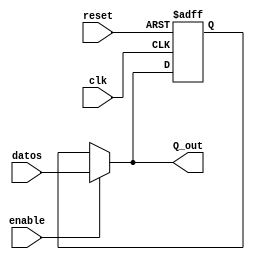
`timescale 1ns / 1ps
//////////////////////////////////////////////////////////////////////////////////
// Company: 
// Engineer: 
// 
// Design Name: 
// Module Name:    FFDSinc3 
// Project Name: 
// Target Devices: 
// Tool versions: 
// Description: 
//
// Dependencies: 
//
// Revision: 
// Revision 0.01 - File Created
// Additional Comments: 
//
//////////////////////////////////////////////////////////////////////////////////
module FFDSinc3(input wire clk,reset,
input wire [2:0] datos,
input wire enable,
output wire [2:0] Q_out

 );
 
 reg [2:0] Q_actual,Q_next;
 
always@(posedge clk , posedge reset)

if(reset)
	begin
	Q_actual <=3'b0;

	end

else

	begin

	Q_actual<= Q_next;
	
	end

always @*

	if(enable)

		Q_next=datos;

	else

		Q_next = Q_actual;


assign Q_out = Q_next;

endmodule